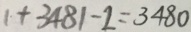
1 + 3 4 8 1 - 2 = 3 4 8 0